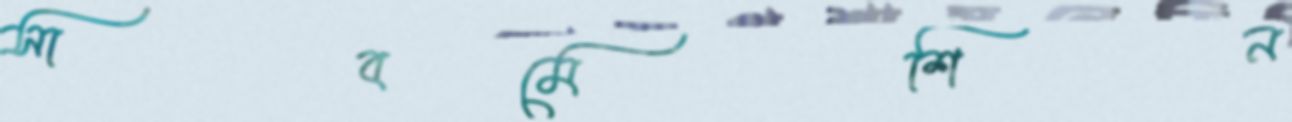
সাবমেশিন